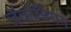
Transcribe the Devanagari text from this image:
जॅकोबियन